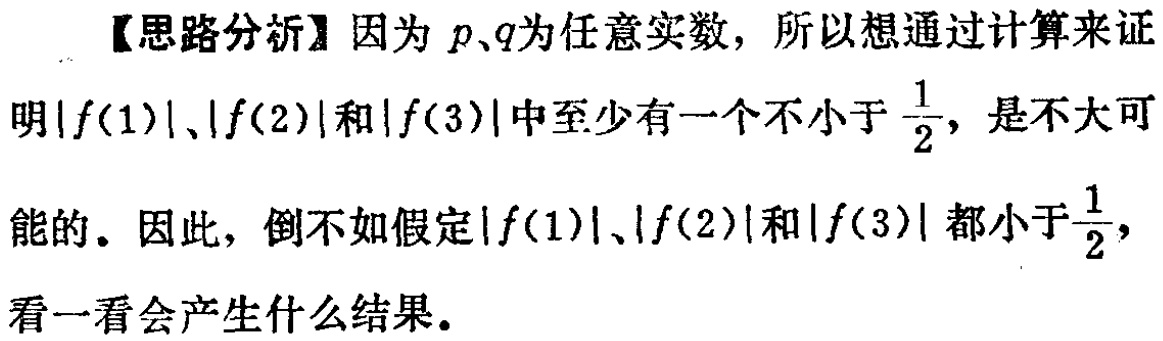
【思路分析】因为 \(p、q\)为任意实数，所以想通过计算来证明\(\vert f(1)\vert、\vert f(2)\vert\)和\(\vert f(3)\vert\)中至少有一个不小于\(\frac{1}{2}\)，是不大可能的。因此，倒不如假定\(\vert f(1)\vert、\vert f(2)\vert\)和\(\vert f(3)\vert\)都小于\(\frac{1}{2}\)，看一看会产生什么结果。